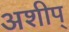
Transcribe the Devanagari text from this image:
अशीप्